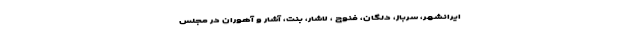
ایرانشهر، سرباز، دلگان، فنوج ، لاشار، بنت، آشار و آهوران در مجلس